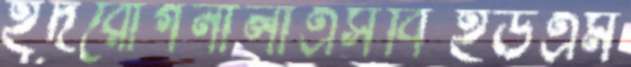
হূদরোগনালীএসবিইউএম